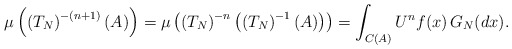
\begin{align*} \mu \left(\left(T_N\right)^{-(n+1)}(A)\right) =\mu \left(\left(T_N\right)^{-n}\left(\left(T_N\right)^{-1}(A)\right)\right)= \int_{C(A)} U^n f(x)\,G_N(dx).\end{align*}